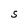
Character: S